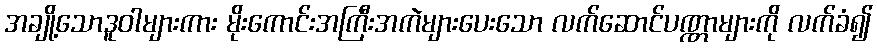
အချို့သောဒူဝါများကား မိုးကောင်းအကြီးအကဲများပေးသော လက်ဆောင်ပဏ္ဏာများကို လက်ခံ၍